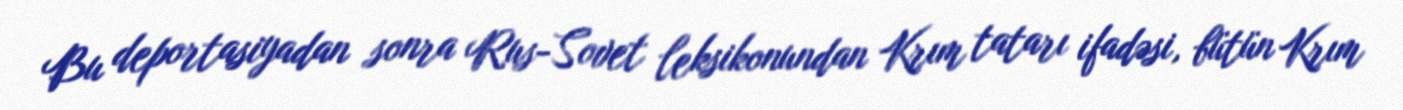
Bu deportasiyadan sonra Rus-Sovet leksikonundan Krım tatarı ifadəsi, bütün Krım